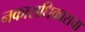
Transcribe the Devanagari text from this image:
नकाराधिकाराचा